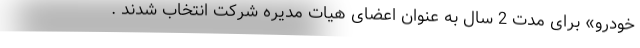
خودرو» برای مدت 2 سال به عنوان اعضای هیات مدیره شرکت انتخاب شدند .